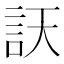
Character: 䚶